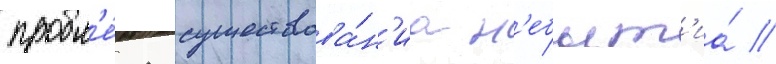
пробл'е́ма существова́н'иа н'ебыт'иа́ //